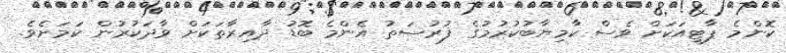
ކޮންމެ ޕާޓީއަކަށް ވެސް ކާމިޔާބުކުރުމުގެ ފުރުސަތު އެންމެ ބޮޑު ދާއިރާތަކަށް ވާދަކުރުން ކަމަށެވެ.